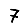
Digit: 7